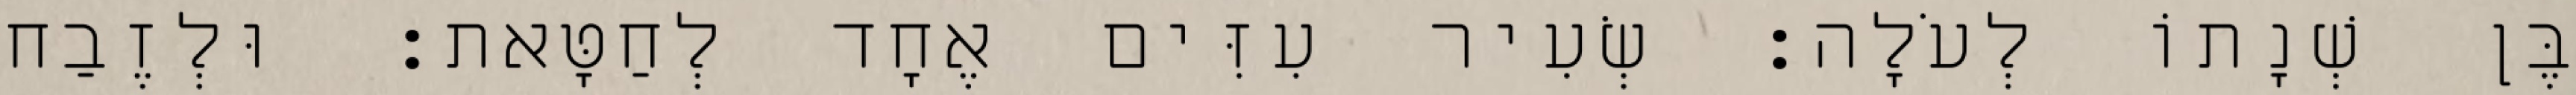
בֶּן שְׁנָתוֹ לְעֹלָה׃ שְׂעִיר עִזִּים אֶחָד לְחַטָּאת׃ וּלְזֶבַח